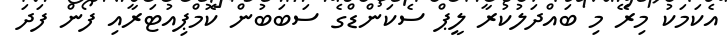
އެކަމަކު މިރޭ މި ބައްދަލުކުރާ ލީޕް ސެކަންޑްގެ ސަބަބުން ކޮމްޕިއުޓަރާއި ފޯން ފަދަ